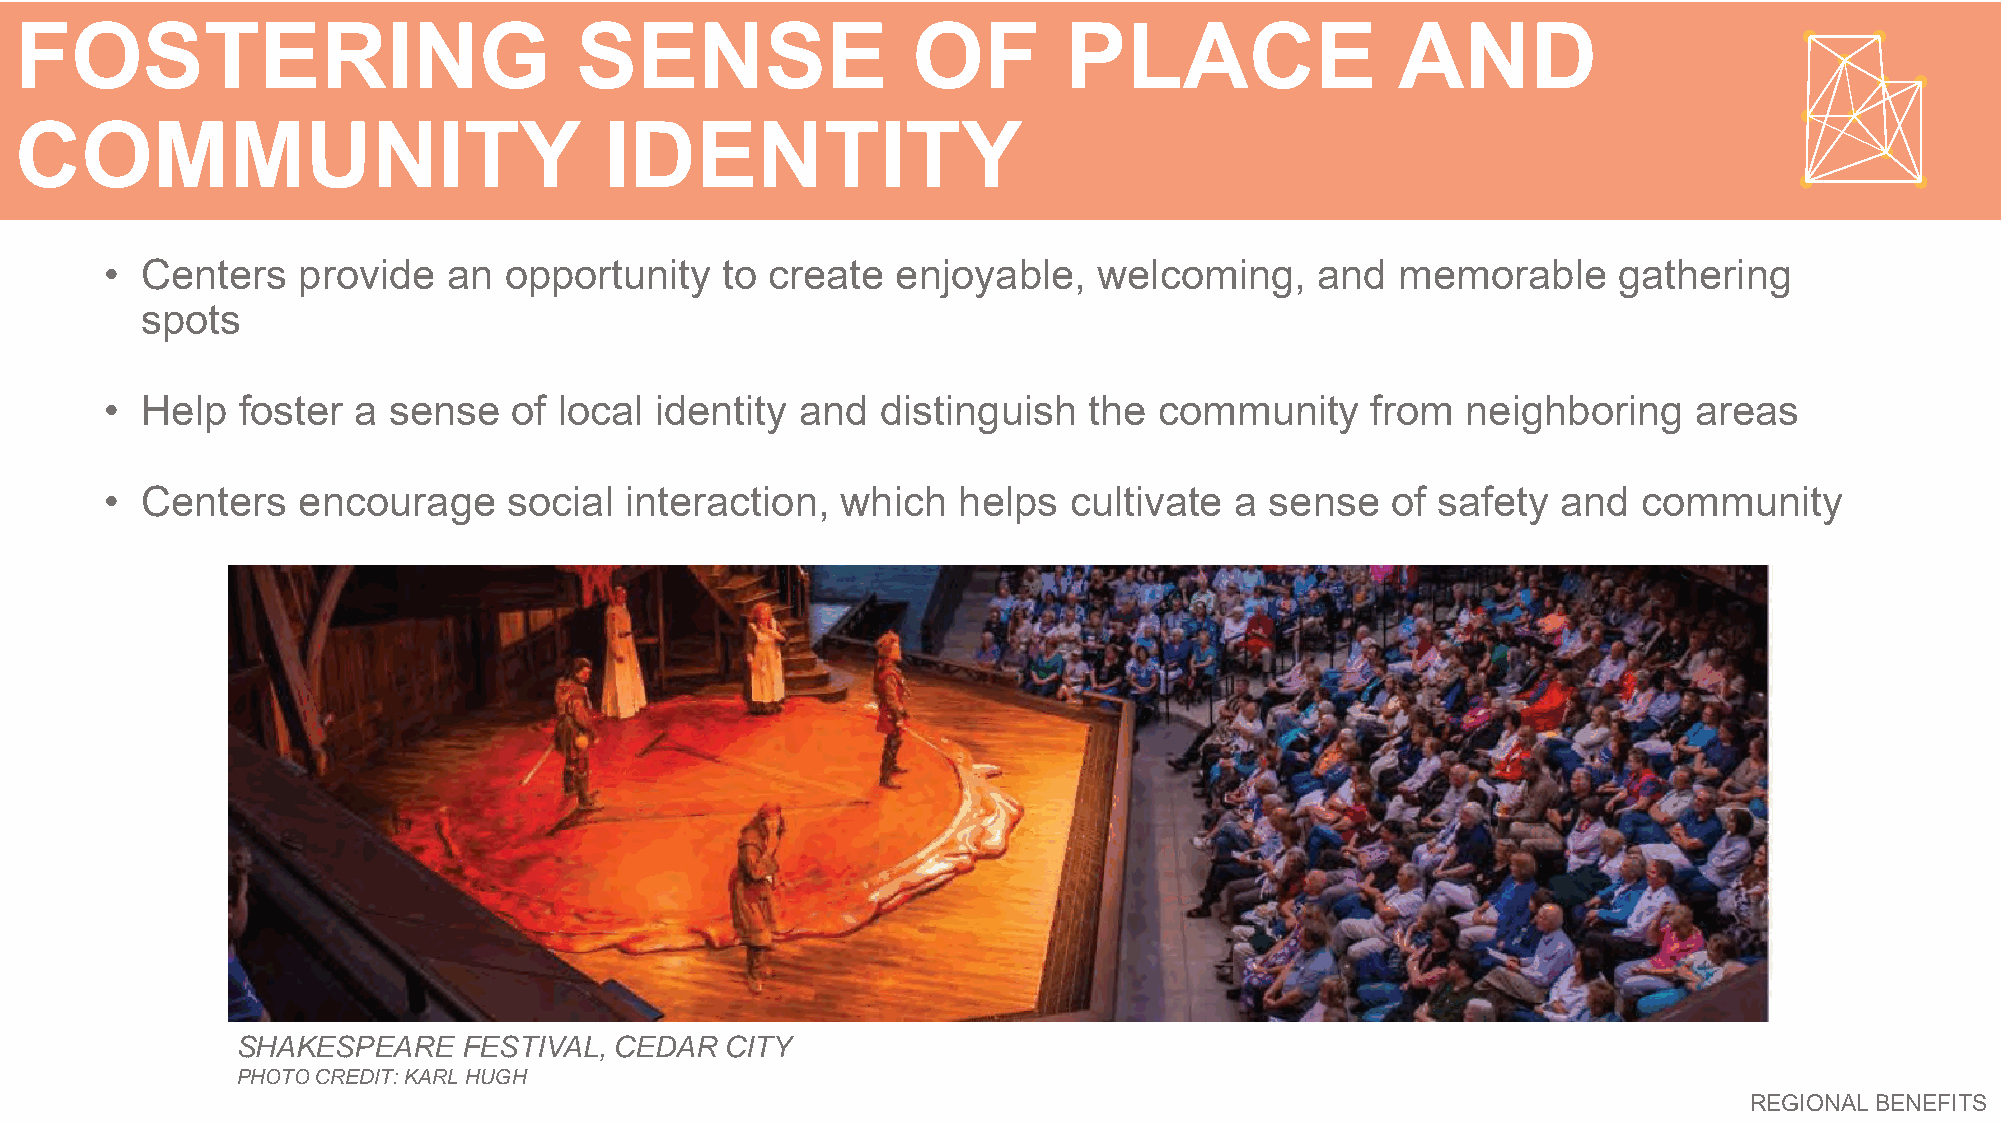
FOSTERING                            SENSE                 OF        PLACE                  AND
 COMMUNITY                              IDENTITY
 • Centers    provide   an opportunity    to create  enjoyable,    welcoming,    and   memorable     gathering
 spots
 • Help   foster a  sense   of local identity  and  distinguish   the  community     from  neighboring    areas
 • Centers    encourage     social interaction,   which  helps   cultivate  a sense   of safety  and   community
 SHAKESPEARE    FESTIVAL, CEDAR  CITY
 PHOTO CREDIT: KARL HUGH
 REGIONAL BENEFITS